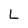
Character: L